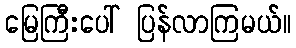
မြေကြီးပေါ် ပြန်လာကြမယ်။